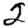
Digit: 2